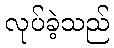
လုပ်ခဲ့သည်